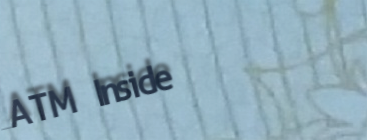
ATM Inside